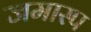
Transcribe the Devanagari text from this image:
जमास्प